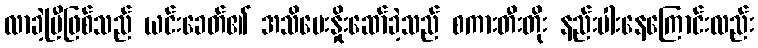
လာခဲ့ပြီဖြစ်သည် ယင်းခေတ်၏ အသိပေးနှိုးဆော်ခဲ့သည် စကားတီးတိုး နည်းပါးနေကြောင်းလည်း